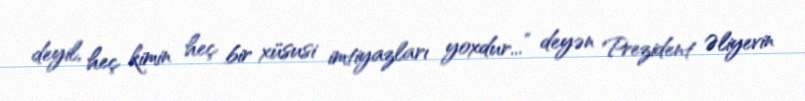
deyil, heç kimin heç bir xüsusi imtiyazları yoxdur...” deyən Prezident Əliyevin